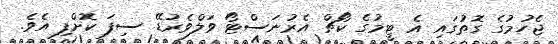
ޖެހުމުގެ ގޮތުގައި އެ ޓީމުގެ ކޯޗް އެރުނަސްޓޯ ވަލްވެރުޑޭ ސިފަ ކޮށްފި އެވެ.